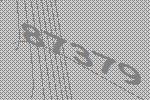
87379